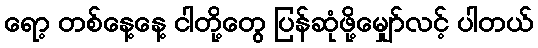
ရော့ တစ်နေ့နေ့ ငါတို့တွေ ပြန်ဆုံဖို့မျှော်လင့် ပါတယ်